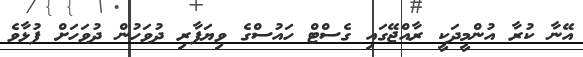
އޭނާ ކުރާ އުންމީދަކީ ރާއްޖޭގައި ގެސްޓް ހައުސްގެ ވިޔަފާރި ދުވަހުން ދުވަހަށް ފުޅާވެ